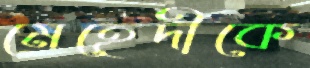
মেহেদীকে